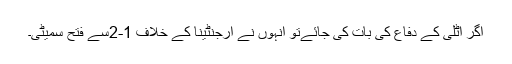
اگر اٹلی کے دفاع کی بات کی جائےتو انہوں نے ارجنٹینا کے خلاف 1-2سے فتح سمیٹی۔